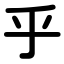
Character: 乎